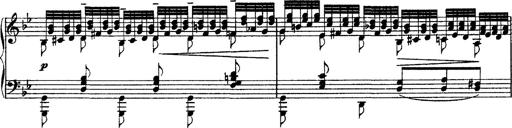
Title: Grandes Ã©tudes de Paganini
Composer: Franz Liszt